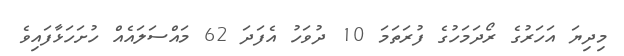
މިދިޔަ އަހަރުގެ ރޯދަމަހުގެ ފުރަތަމަ 10 ދުވަހު އެފަދަ 62 މައްސަލައެއް ހުށަހަޅާފައިވެ